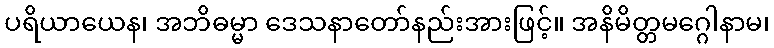
ပရိယာယေန၊ အဘိဓမ္မာ ဒေသနာတော်နည်းအားဖြင့်။ အနိမိတ္တမဂ္ဂေါနာမ၊